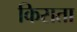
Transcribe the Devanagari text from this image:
किसता